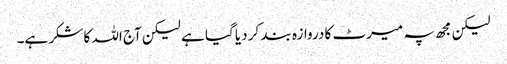
لیکن مجھ پہ میرٹ کا دروازہ بند کر دیا گیا ہے لیکن آج اللہ کا شکر ہے۔